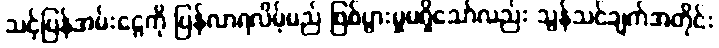
သင့်ပြန်အမ်းငွေကို ပြန်လာရလိမ့်မည် ဖြစ်ပွားမှုမရှိသော်လည်း သွန်သင်ချက်အတိုင်း